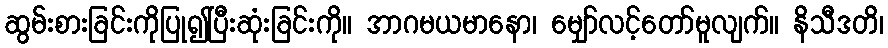
ဆွမ်းစားခြင်းကိုပြု၍ပြီးဆုံးခြင်းကို။ အာဂမယမာနော၊ မျှော်လင့်တော်မူလျက်။ နိသီဒတိ၊